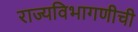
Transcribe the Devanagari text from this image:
राज्यविभागणीची